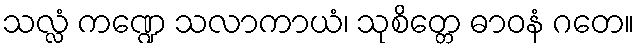
သလ္လံ ကဏ္ဍေ သလာကာယံ၊ သုစိတ္တေ ဓာဝနံ ဂတေ။